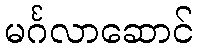
မင်္ဂလာဆောင်